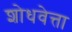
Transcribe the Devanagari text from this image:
शोधवेत्ता